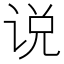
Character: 说